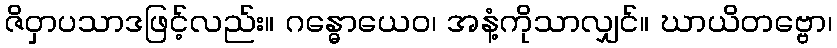
ဇိဝှာပသာဒဖြင့်လည်း။ ဂန္ဓောယေဝ၊ အနံ့ကိုသာလျှင်။ ဃာယိတဗ္ဗော၊